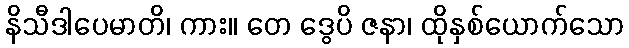
နိသီဒါပေမာတိ၊ ကား။ တေ ဒွေပိ ဇနာ၊ ထိုနှစ်ယောက်သော